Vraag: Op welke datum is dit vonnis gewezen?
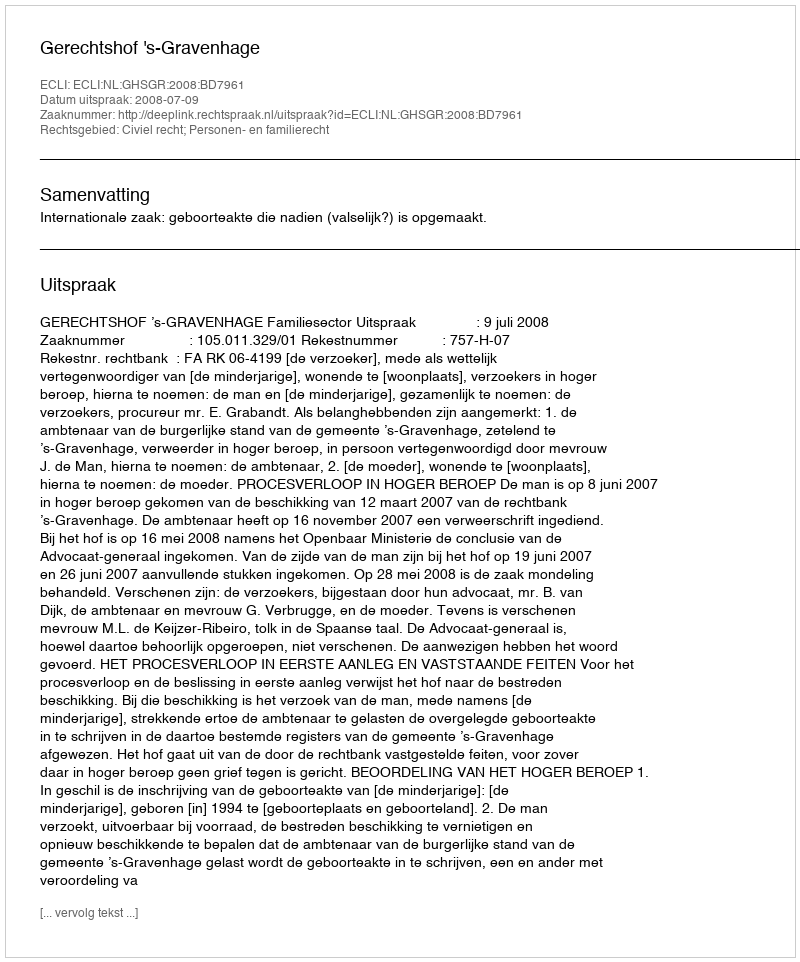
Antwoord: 2008-07-09